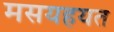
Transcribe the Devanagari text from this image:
मसयहयत